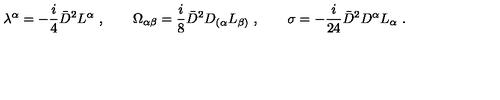
\lambda ^ { \alpha } = - \frac { i } { 4 } { \bar { D } } ^ { 2 } L ^ { \alpha } \ , \qquad \Omega _ { \alpha \beta } = \frac { i } { 8 } { \bar { D } } ^ { 2 } D _ { ( \alpha } L _ { \beta ) } \ , \qquad \sigma = - \frac { i } { 2 4 } { \bar { D } } ^ { 2 } D ^ { \alpha } L _ { \alpha } \ .